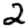
Digit: 2